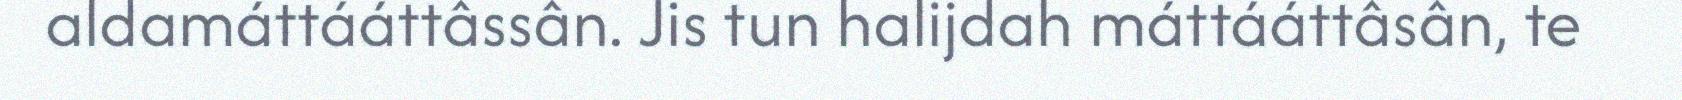
aldamáttááttâssân. Jis tun halijdah máttááttâsân, te